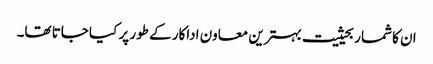
ان کا شمار بحیثیت بہترین معاون اداکار کے طور پر کیا جاتا تھا۔